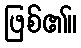
ဖြစ်၏။